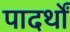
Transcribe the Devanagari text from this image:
पादर्थों